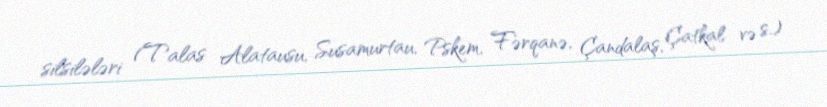
silsilələri (Talas Alatausu, Susamurtau, Pskem, Fərqanə, Çandalaş, Çatkal və s.)